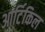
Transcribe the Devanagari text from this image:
आर्टिकिल